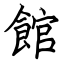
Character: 館